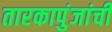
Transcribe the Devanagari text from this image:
तारकापुंजांची